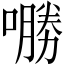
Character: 𱔟